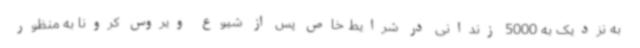
به نزدیک به 5000 زندانی در شرایط خاص پس از شیوع ویروس کرونا به منظور